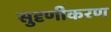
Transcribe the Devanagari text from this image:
सुदृणीकरण